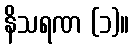
နိသရဏ (၁)။